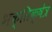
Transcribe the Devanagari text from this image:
भक्तिक्षेत्र